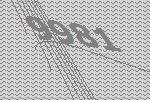
9981